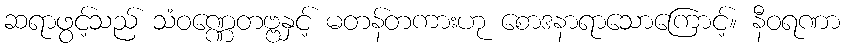
ဆရာဖွင့်သည် သံဝဏ္ဏေတဗ္ဗနှင့် မတန်တကားဟု စောဒနာရာသောကြောင့်။ နီဝရဏာ